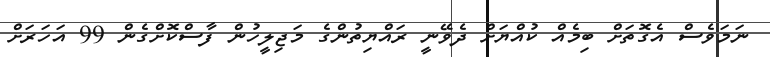
ނަމަވެސް އެގޮތަށް ބިމެއް ކުއްޔަށް ދެވޭނީ ރައްޔިތުންގެ މަޖިލީހުން ފާސްކޮށްގެން 99 އަހަރަށް